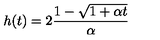
h ( t ) = 2 { \frac { 1 - \sqrt { 1 + \alpha t } } { \alpha } }